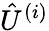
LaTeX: {\hat{U}}^{(i)}